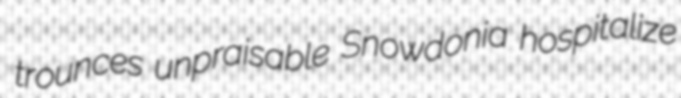
trounces unpraisable Snowdonia hospitalize